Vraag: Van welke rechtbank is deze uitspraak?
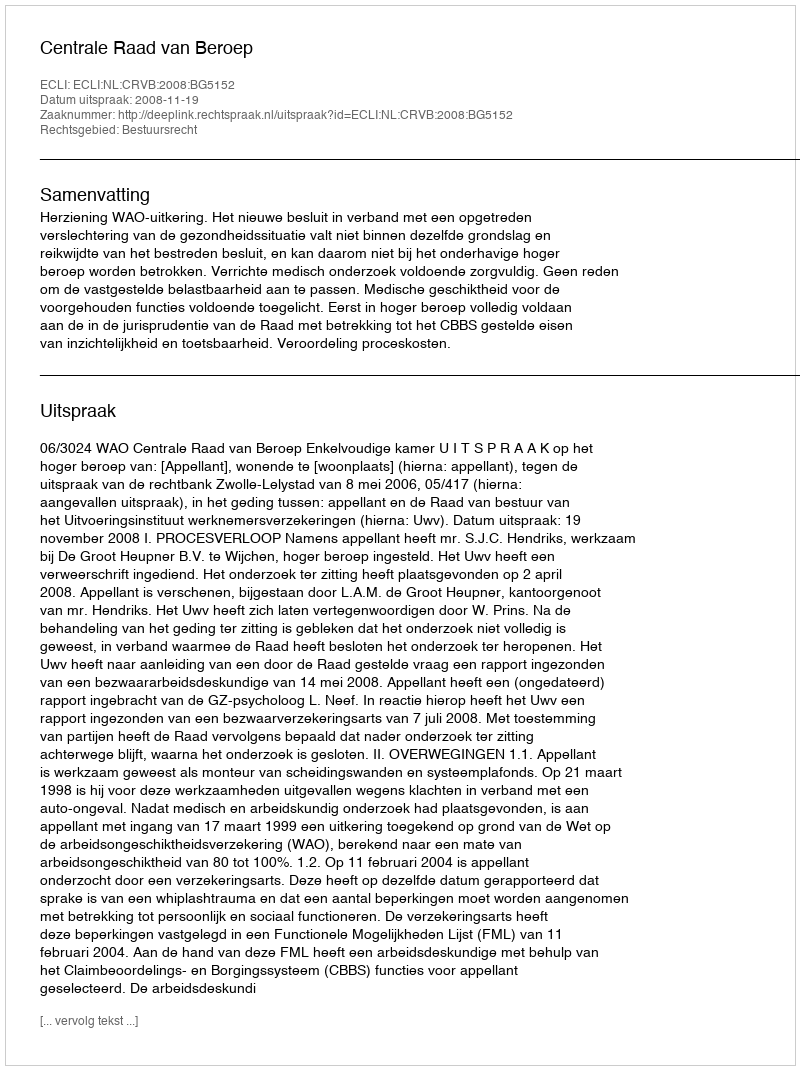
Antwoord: Centrale Raad van Beroep